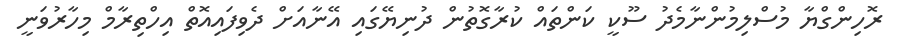
ރޮހިންގްޔާ މުސްލިމުންނާމެދު ސޫކީ ކަންތައް ކުރާގޮތުން ދުނިޔޭގައި އޭނާއަށް ދެވިފައިއޮތް އިހްތިރާމް މިހާރުވަނީ